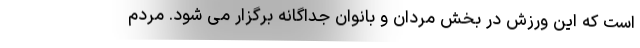
است که این ورزش در بخش مردان و بانوان جداگانه برگزار می شود. مردم